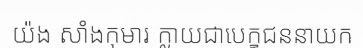
យ៉ង សាំងកុមារ ក្លាយជាបេក្ខជននាយក